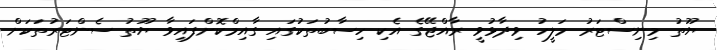
ޔޫތު މިނިސްޓަރު މަލީހު ވިދާޅުވީ ރާއްޖޭގެ އެކި ހިސާބުތަކުގައި ގާއިމްކޮށްފައިވާ ޔޫތު ސެންޓަރުތަކަށް